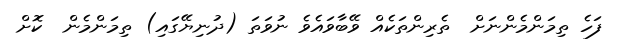
ފަހެ ތިމަންމެންނަށް  ތެރިންތަކެއް ވޭބާވައެވެ ނުވަތަ (ދުނިޔޭގައި) ތިމަންމެން  ކޮށް